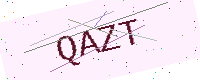
Text: QAZT